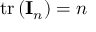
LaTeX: \operatorname { t r } \left( \mathbf { I } _ { n } \right) = n